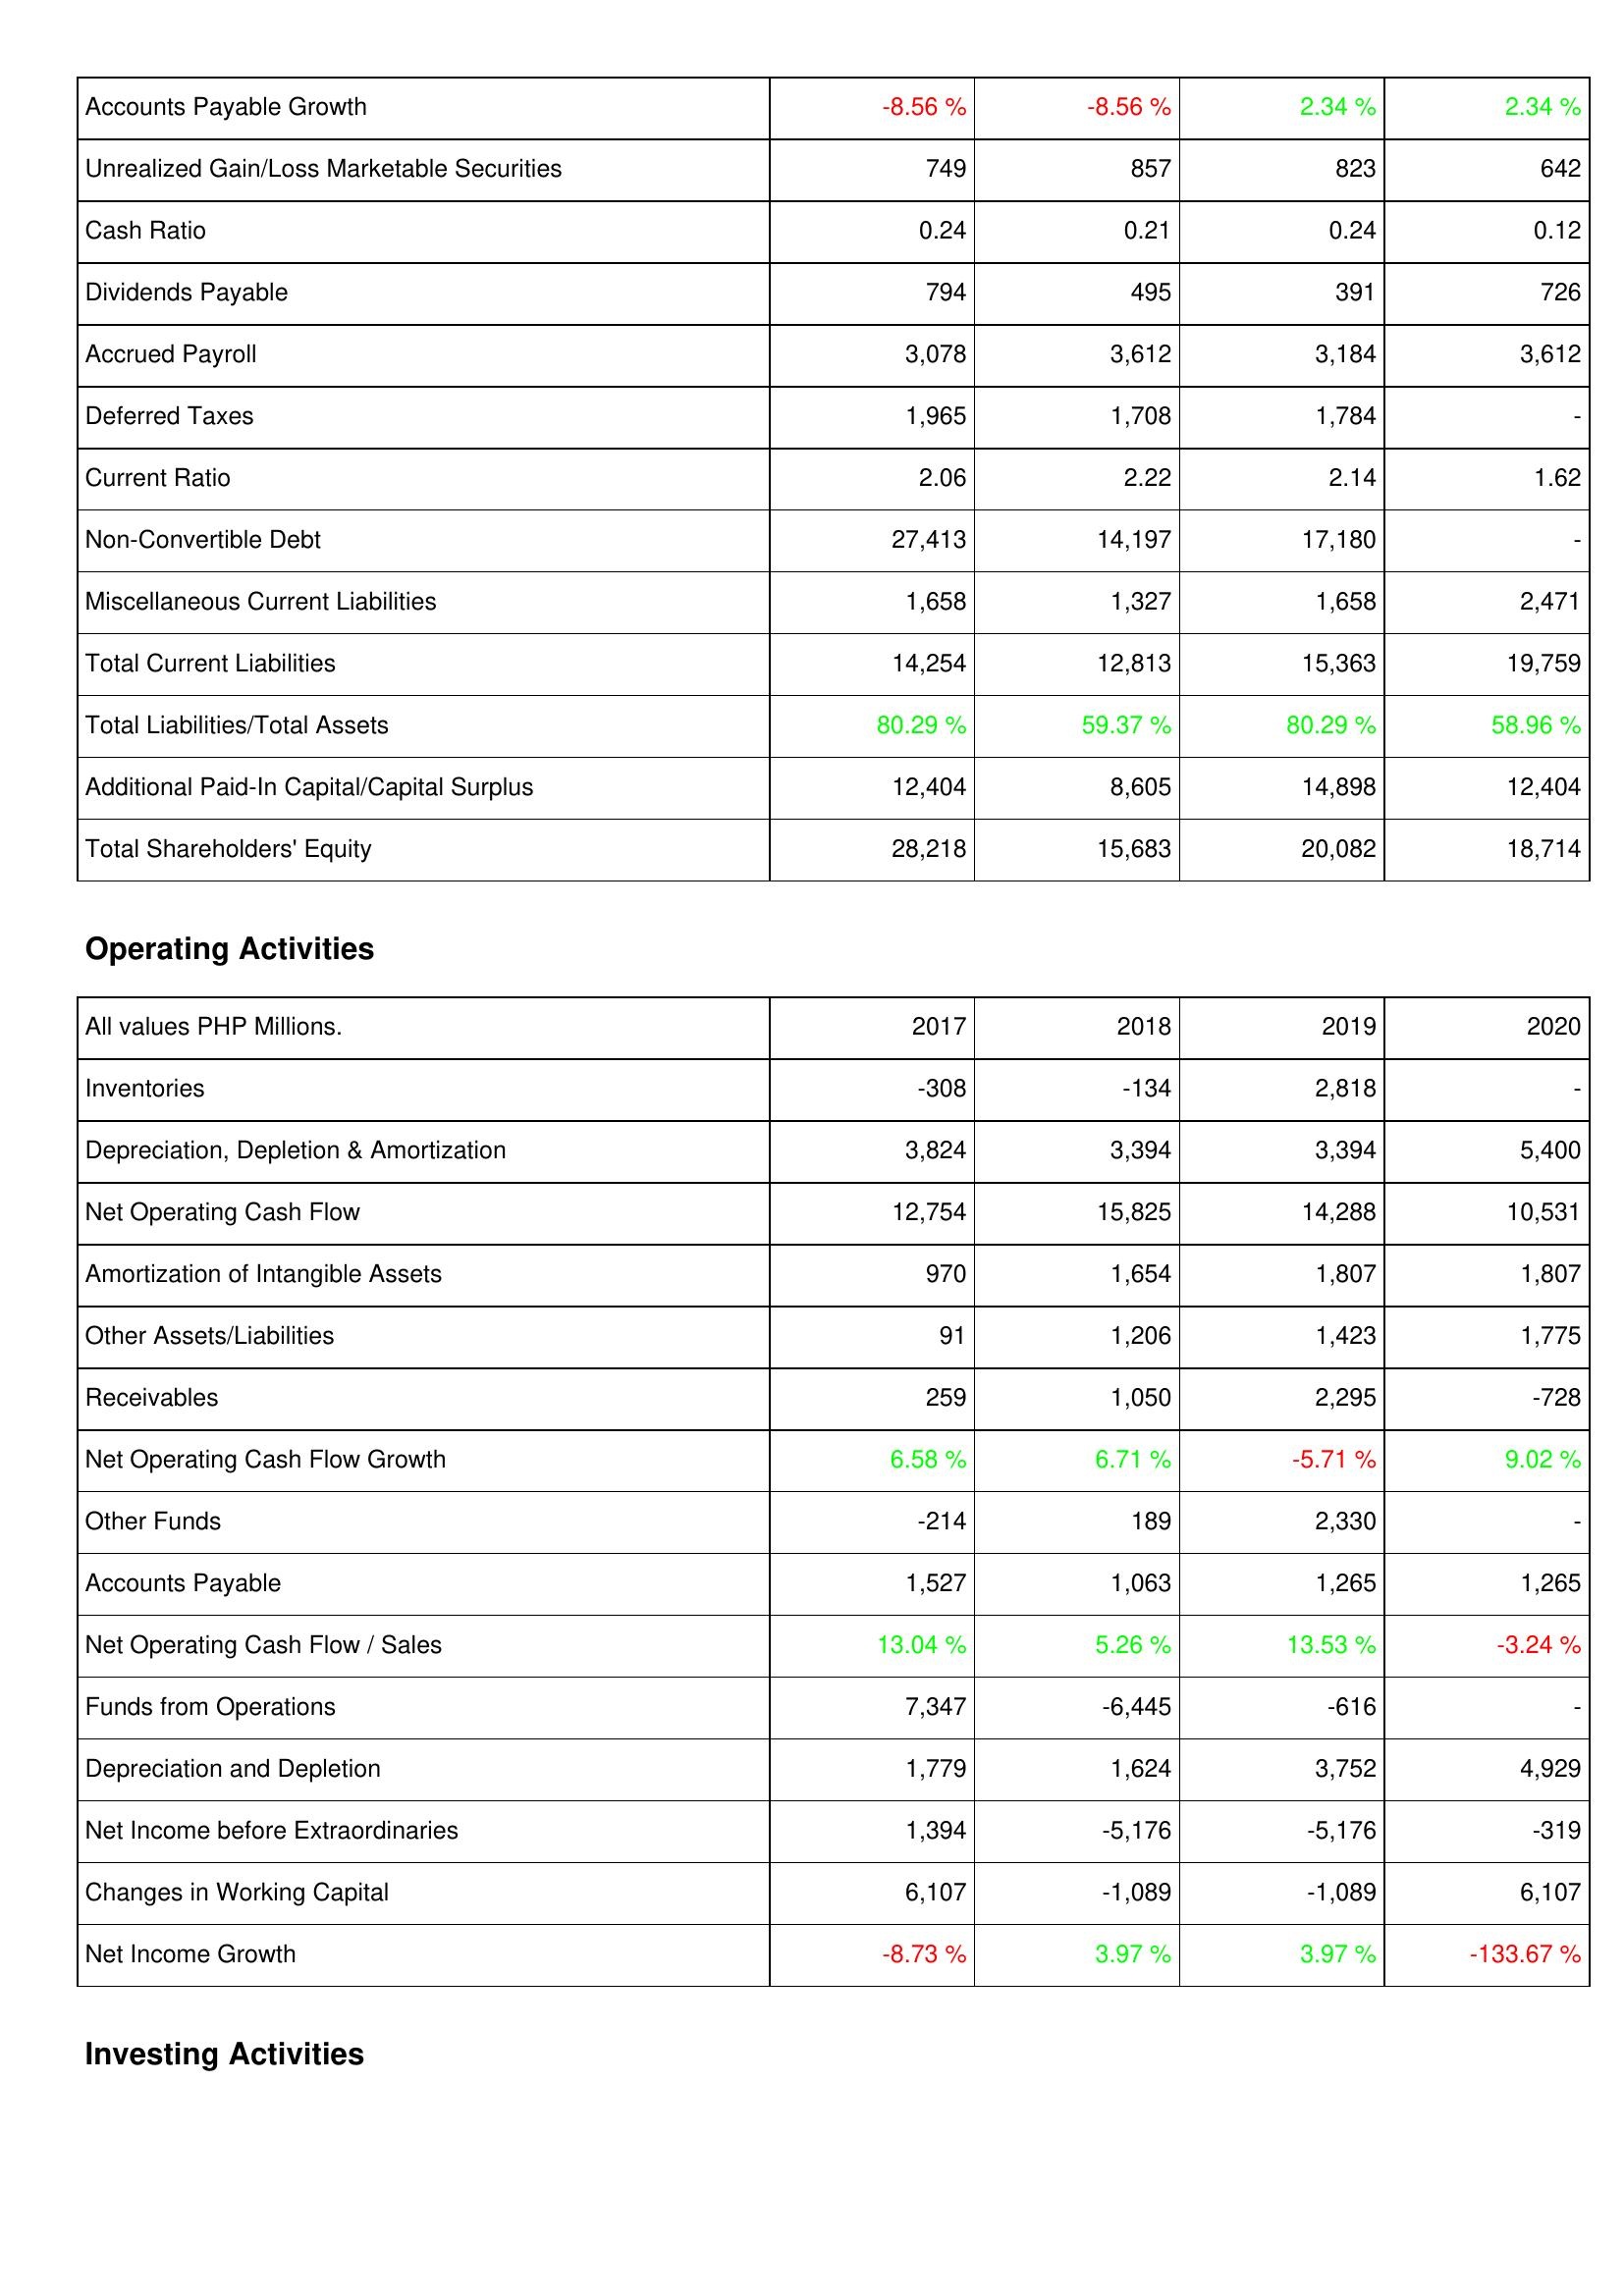
2017: Liabilities & Shareholders' Equity: Accounts Payable Growth: -8.56 %
Unrealized Gain/Loss Marketable Securities: 749
Cash Ratio: 0.24
Dividends Payable: 794
Accrued Payroll: 3,078
Deferred Taxes: 1,965
Current Ratio: 2.06
Non-Convertible Debt: 27,413
Miscellaneous Current Liabilities: 1,658
Total Current Liabilities: 14,254
Total Liabilities/Total Assets: 80.29 %
Additional Paid-In Capital/Capital Surplus: 12,404
Total Shareholders' Equity: 28,218
Operating Activities: Inventories: -308
Depreciation, Depletion & Amortization: 3,824
Net Operating Cash Flow: 12,754
Amortization of Intangible Assets: 970
Other Assets/Liabilities: 91
Receivables: 259
Net Operating Cash Flow Growth: 6.58 %
Other Funds: -214
Accounts Payable: 1,527
Net Operating Cash Flow / Sales: 13.04 %
Funds from Operations: 7,347
Depreciation and Depletion: 1,779
Net Income before Extraordinaries: 1,394
Changes in Working Capital: 6,107
Net Income Growth: -8.73 %
2018: Liabilities & Shareholders' Equity: Accounts Payable Growth: -8.56 %
Unrealized Gain/Loss Marketable Securities: 857
Cash Ratio: 0.21
Dividends Payable: 495
Accrued Payroll: 3,612
Deferred Taxes: 1,708
Current Ratio: 2.22
Non-Convertible Debt: 14,197
Miscellaneous Current Liabilities: 1,327
Total Current Liabilities: 12,813
Total Liabilities/Total Assets: 59.37 %
Additional Paid-In Capital/Capital Surplus: 8,605
Total Shareholders' Equity: 15,683
Operating Activities: Inventories: -134
Depreciation, Depletion & Amortization: 3,394
Net Operating Cash Flow: 15,825
Amortization of Intangible Assets: 1,654
Other Assets/Liabilities: 1,206
Receivables: 1,050
Net Operating Cash Flow Growth: 6.71 %
Other Funds: 189
Accounts Payable: 1,063
Net Operating Cash Flow / Sales: 5.26 %
Funds from Operations: -6,445
Depreciation and Depletion: 1,624
Net Income before Extraordinaries: -5,176
Changes in Working Capital: -1,089
Net Income Growth: 3.97 %
2019: Liabilities & Shareholders' Equity: Accounts Payable Growth: 2.34 %
Unrealized Gain/Loss Marketable Securities: 823
Cash Ratio: 0.24
Dividends Payable: 391
Accrued Payroll: 3,184
Deferred Taxes: 1,784
Current Ratio: 2.14
Non-Convertible Debt: 17,180
Miscellaneous Current Liabilities: 1,658
Total Current Liabilities: 15,363
Total Liabilities/Total Assets: 80.29 %
Additional Paid-In Capital/Capital Surplus: 14,898
Total Shareholders' Equity: 20,082
Operating Activities: Inventories: 2,818
Depreciation, Depletion & Amortization: 3,394
Net Operating Cash Flow: 14,288
Amortization of Intangible Assets: 1,807
Other Assets/Liabilities: 1,423
Receivables: 2,295
Net Operating Cash Flow Growth: -5.71 %
Other Funds: 2,330
Accounts Payable: 1,265
Net Operating Cash Flow / Sales: 13.53 %
Funds from Operations: -616
Depreciation and Depletion: 3,752
Net Income before Extraordinaries: -5,176
Changes in Working Capital: -1,089
Net Income Growth: 3.97 %
2020: Liabilities & Shareholders' Equity: Accounts Payable Growth: 2.34 %
Unrealized Gain/Loss Marketable Securities: 642
Cash Ratio: 0.12
Dividends Payable: 726
Accrued Payroll: 3,612
Deferred Taxes: -
Current Ratio: 1.62
Non-Convertible Debt: -
Miscellaneous Current Liabilities: 2,471
Total Current Liabilities: 19,759
Total Liabilities/Total Assets: 58.96 %
Additional Paid-In Capital/Capital Surplus: 12,404
Total Shareholders' Equity: 18,714
Operating Activities: Inventories: -
Depreciation, Depletion & Amortization: 5,400
Net Operating Cash Flow: 10,531
Amortization of Intangible Assets: 1,807
Other Assets/Liabilities: 1,775
Receivables: -728
Net Operating Cash Flow Growth: 9.02 %
Other Funds: -
Accounts Payable: 1,265
Net Operating Cash Flow / Sales: -3.24 %
Funds from Operations: -
Depreciation and Depletion: 4,929
Net Income before Extraordinaries: -319
Changes in Working Capital: 6,107
Net Income Growth: -133.67 %